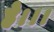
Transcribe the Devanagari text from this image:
हे।।।